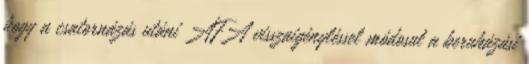
hogy a csatornázás utáni ÁFA visszaigényléssel módosul a beruházási